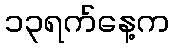
၁၃ရက်နေ့က